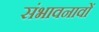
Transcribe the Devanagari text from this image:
संभावनावों